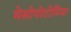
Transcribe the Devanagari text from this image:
मेसोपोटोमिया